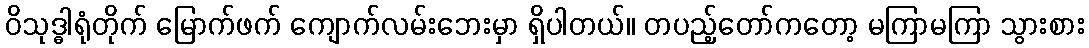
ဝိသုဒ္ဓါရုံတိုက် မြောက်ဖက် ကျောက်လမ်းဘေးမှာ ရှိပါတယ်။ တပည့်တော်ကတော့ မကြာမကြာ သွားစား